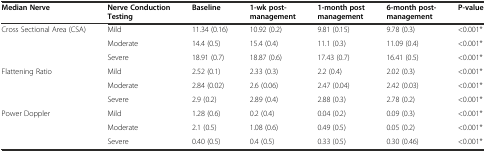
<table><thead><tr><td><b>Median Nerve</b></td><td><b>Nerve Conduction Testing</b></td><td><b>Baseline</b></td><td><b>1-wk post- management</b></td><td><b>1-month post management</b></td><td><b>6-month post- management</b></td><td><b>P-value</b></td></tr></thead><tbody><tr><td rowspan="3">Cross Sectional Area (CSA)</td><td>Mild</td><td>11.34 (0.16)</td><td>10.92 (0.2)</td><td>9.81 (0.15)</td><td>9.78 (0.3)</td><td>&lt;0.001*</td></tr><tr><td>Moderate</td><td>14.4 (0.5)</td><td>15.4 (0.4)</td><td>11.1 (0.3)</td><td>11.09 (0.4)</td><td>&lt;0.001*</td></tr><tr><td>Severe</td><td>18.91 (0.7)</td><td>18.87 (0.6)</td><td>17.43 (0.7)</td><td>16.41 (0.5)</td><td>&lt;0.001*</td></tr><tr><td rowspan="3">Flattening Ratio</td><td>Mild</td><td>2.52 (0.1)</td><td>2.33 (0.3)</td><td>2.2 (0.4)</td><td>2.02 (0.3)</td><td>&lt;0.001*</td></tr><tr><td>Moderate</td><td>2.84 (0.02)</td><td>2.6 (0.06)</td><td>2.47 (0.04)</td><td>2.42 (0.03)</td><td>&lt;0.001*</td></tr><tr><td>Severe</td><td>2.9 (0.2)</td><td>2.89 (0.4)</td><td>2.88 (0.3)</td><td>2.78 (0.2)</td><td>&lt;0.001*</td></tr><tr><td rowspan="3">Power Doppler</td><td>Mild</td><td>1.28 (0.6)</td><td>0.2 (0.4)</td><td>0.04 (0.2)</td><td>0.09 (0.3)</td><td>&lt;0.001*</td></tr><tr><td>Moderate</td><td>2.1 (0.5)</td><td>1.08 (0.6)</td><td>0.49 (0.5)</td><td>0.05 (0.2)</td><td>&lt;0.001*</td></tr><tr><td>Severe</td><td>0.40 (0.5)</td><td>0.4 (0.5)</td><td>0.33 (0.5)</td><td>0.30 (0.46)</td><td>&lt;0.001*</td></tr></tbody></table>